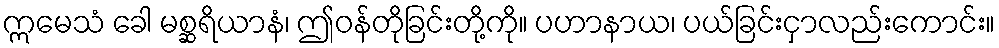
ဣမေသံ ခေါ မစ္ဆရိယာနံ၊ ဤဝန်တိုခြင်းတို့ကို။ ပဟာနာယ၊ ပယ်ခြင်းငှာလည်းကောင်း။